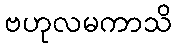
ဗဟုလမကာသိ